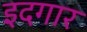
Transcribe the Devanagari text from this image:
इदगार